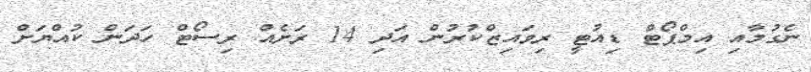
ނެގުމާއި އިމްޕޯޓް ޑިއުޓީ ރިވައިޒްކުރުން އަދި 14 ރަށެއް ރިސޯޓް ހަދަން ކުއްޔަށް